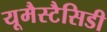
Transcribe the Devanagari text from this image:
यूमैस्टैसिडी